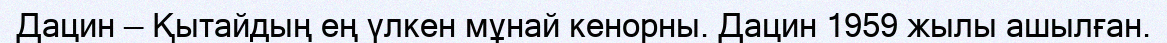
Дацин — Қытайдың ең үлкен мұнай кенорны. Дацин 1959 жылы ашылған.